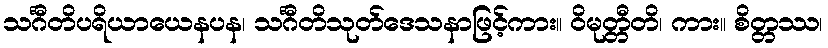
သင်္ဂီတိပရိယာယေနပန၊ သင်္ဂီတိသုတ်ဒေသနာဖြင့်ကား။ ဝိမုတ္တီတိ၊ ကား။ စိတ္တဿ၊